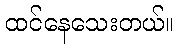
ထင်နေသေးတယ်။